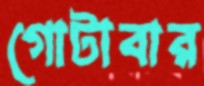
গোটাবার